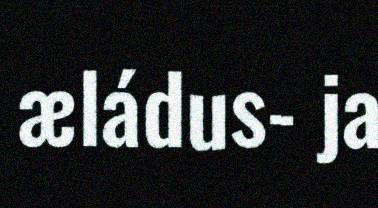
æládus- ja